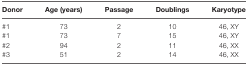
| Donor | Age (years) | Passage | Doublings | Karyotype |
 | --- | --- | --- | --- | --- |
 | #1 | 73 | 2 | 10 | 46, XY |
 | #1 | 73 | 7 | 15 | 46, XY |
 | #2 | 94 | 2 | 11 | 46, XX |
 | #3 | 51 | 2 | 14 | 46, XX |